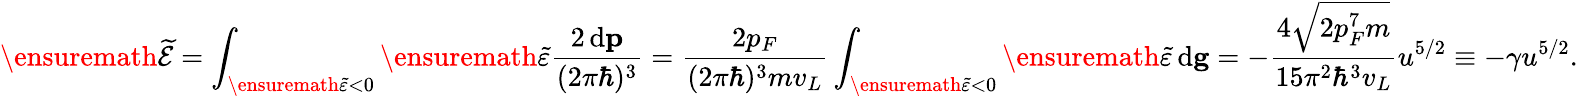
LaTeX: \ensuremath{\widetilde{\mathcal{E}}}=\int_{\ensuremath{\widetilde{\varepsilon}}<0}\ensuremath{\widetilde{\varepsilon}}\frac{2\, \mathrm{d}\mathbf{p}}{(2\pi\hbar)^{3}}=\frac{2p_{F}}{(2\pi\hbar)^{3}mv_{L}}\int_{\ensuremath{\widetilde{\varepsilon}}<0}\ensuremath{\widetilde{\varepsilon}}\, \mathrm{d}\mathbf{g}=-\frac{4\sqrt{2p_{F}^{7}m}}{15\pi^{2}\hbar^{3}v_{L}}u^{5/2}\equiv-\gamma u^{5/2}.